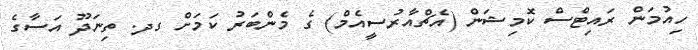
ހިއުމަން ރައިޓްސް ކޮމިޝަން (އެޗްއާރުސީއެމް) ގެ މެންބަރު ކަމަށް ގދ. ތިނަދޫ އަސާގެ